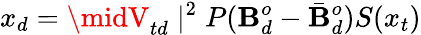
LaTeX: x_{d}=\midV_{td}\mid^{2}P(\mathbf{B}_{d}^{o}-\bar{{\mathbf{B}}}_{d}^{o})S(x_{t})